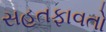
સહતફાવતો